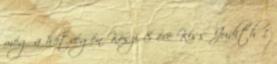
még a hétvégén Köszi 8 éve Kiss Judith 1